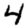
Digit: 4